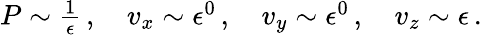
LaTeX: \begin{array}{r}{P\sim\frac{1}{\epsilon}\, ,\quad v_{x}\sim\epsilon^{0}\, ,\quad v_{y}\sim\epsilon^{0}\, ,\quad v_{z}\sim\epsilon\, .}\end{array}